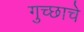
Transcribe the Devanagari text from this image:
गुच्छाचे